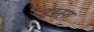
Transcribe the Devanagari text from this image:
हस्सा